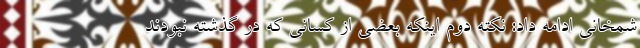
شمخانی ادامه داد: نکته دوم اینکه بعضی از کسانی که در گذشته نبودند